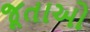
જૂતાઓ